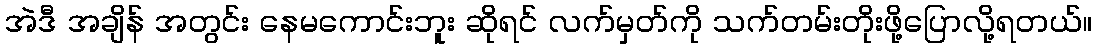
အဲဒီ အချိန် အတွင်း နေမကောင်းဘူး ဆိုရင် လက်မှတ်ကို သက်တမ်းတိုးဖို့ပြောလို့ရတယ်။